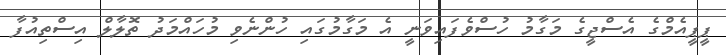
ޕީޕީއެމްގެ އެސްޖީގެ މަގާމު ހުސްވެފައިވަނީ އެ މަގާމުގައި ހުންނެވި މުހައްމަދު ތޮލާލް އިސްތިއުފާ